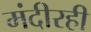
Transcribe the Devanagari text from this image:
मंदीरही